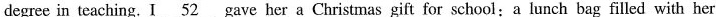
degree in teaching. I \underline{52} gave her a Christmas gift for school:a lunch bag filled with her